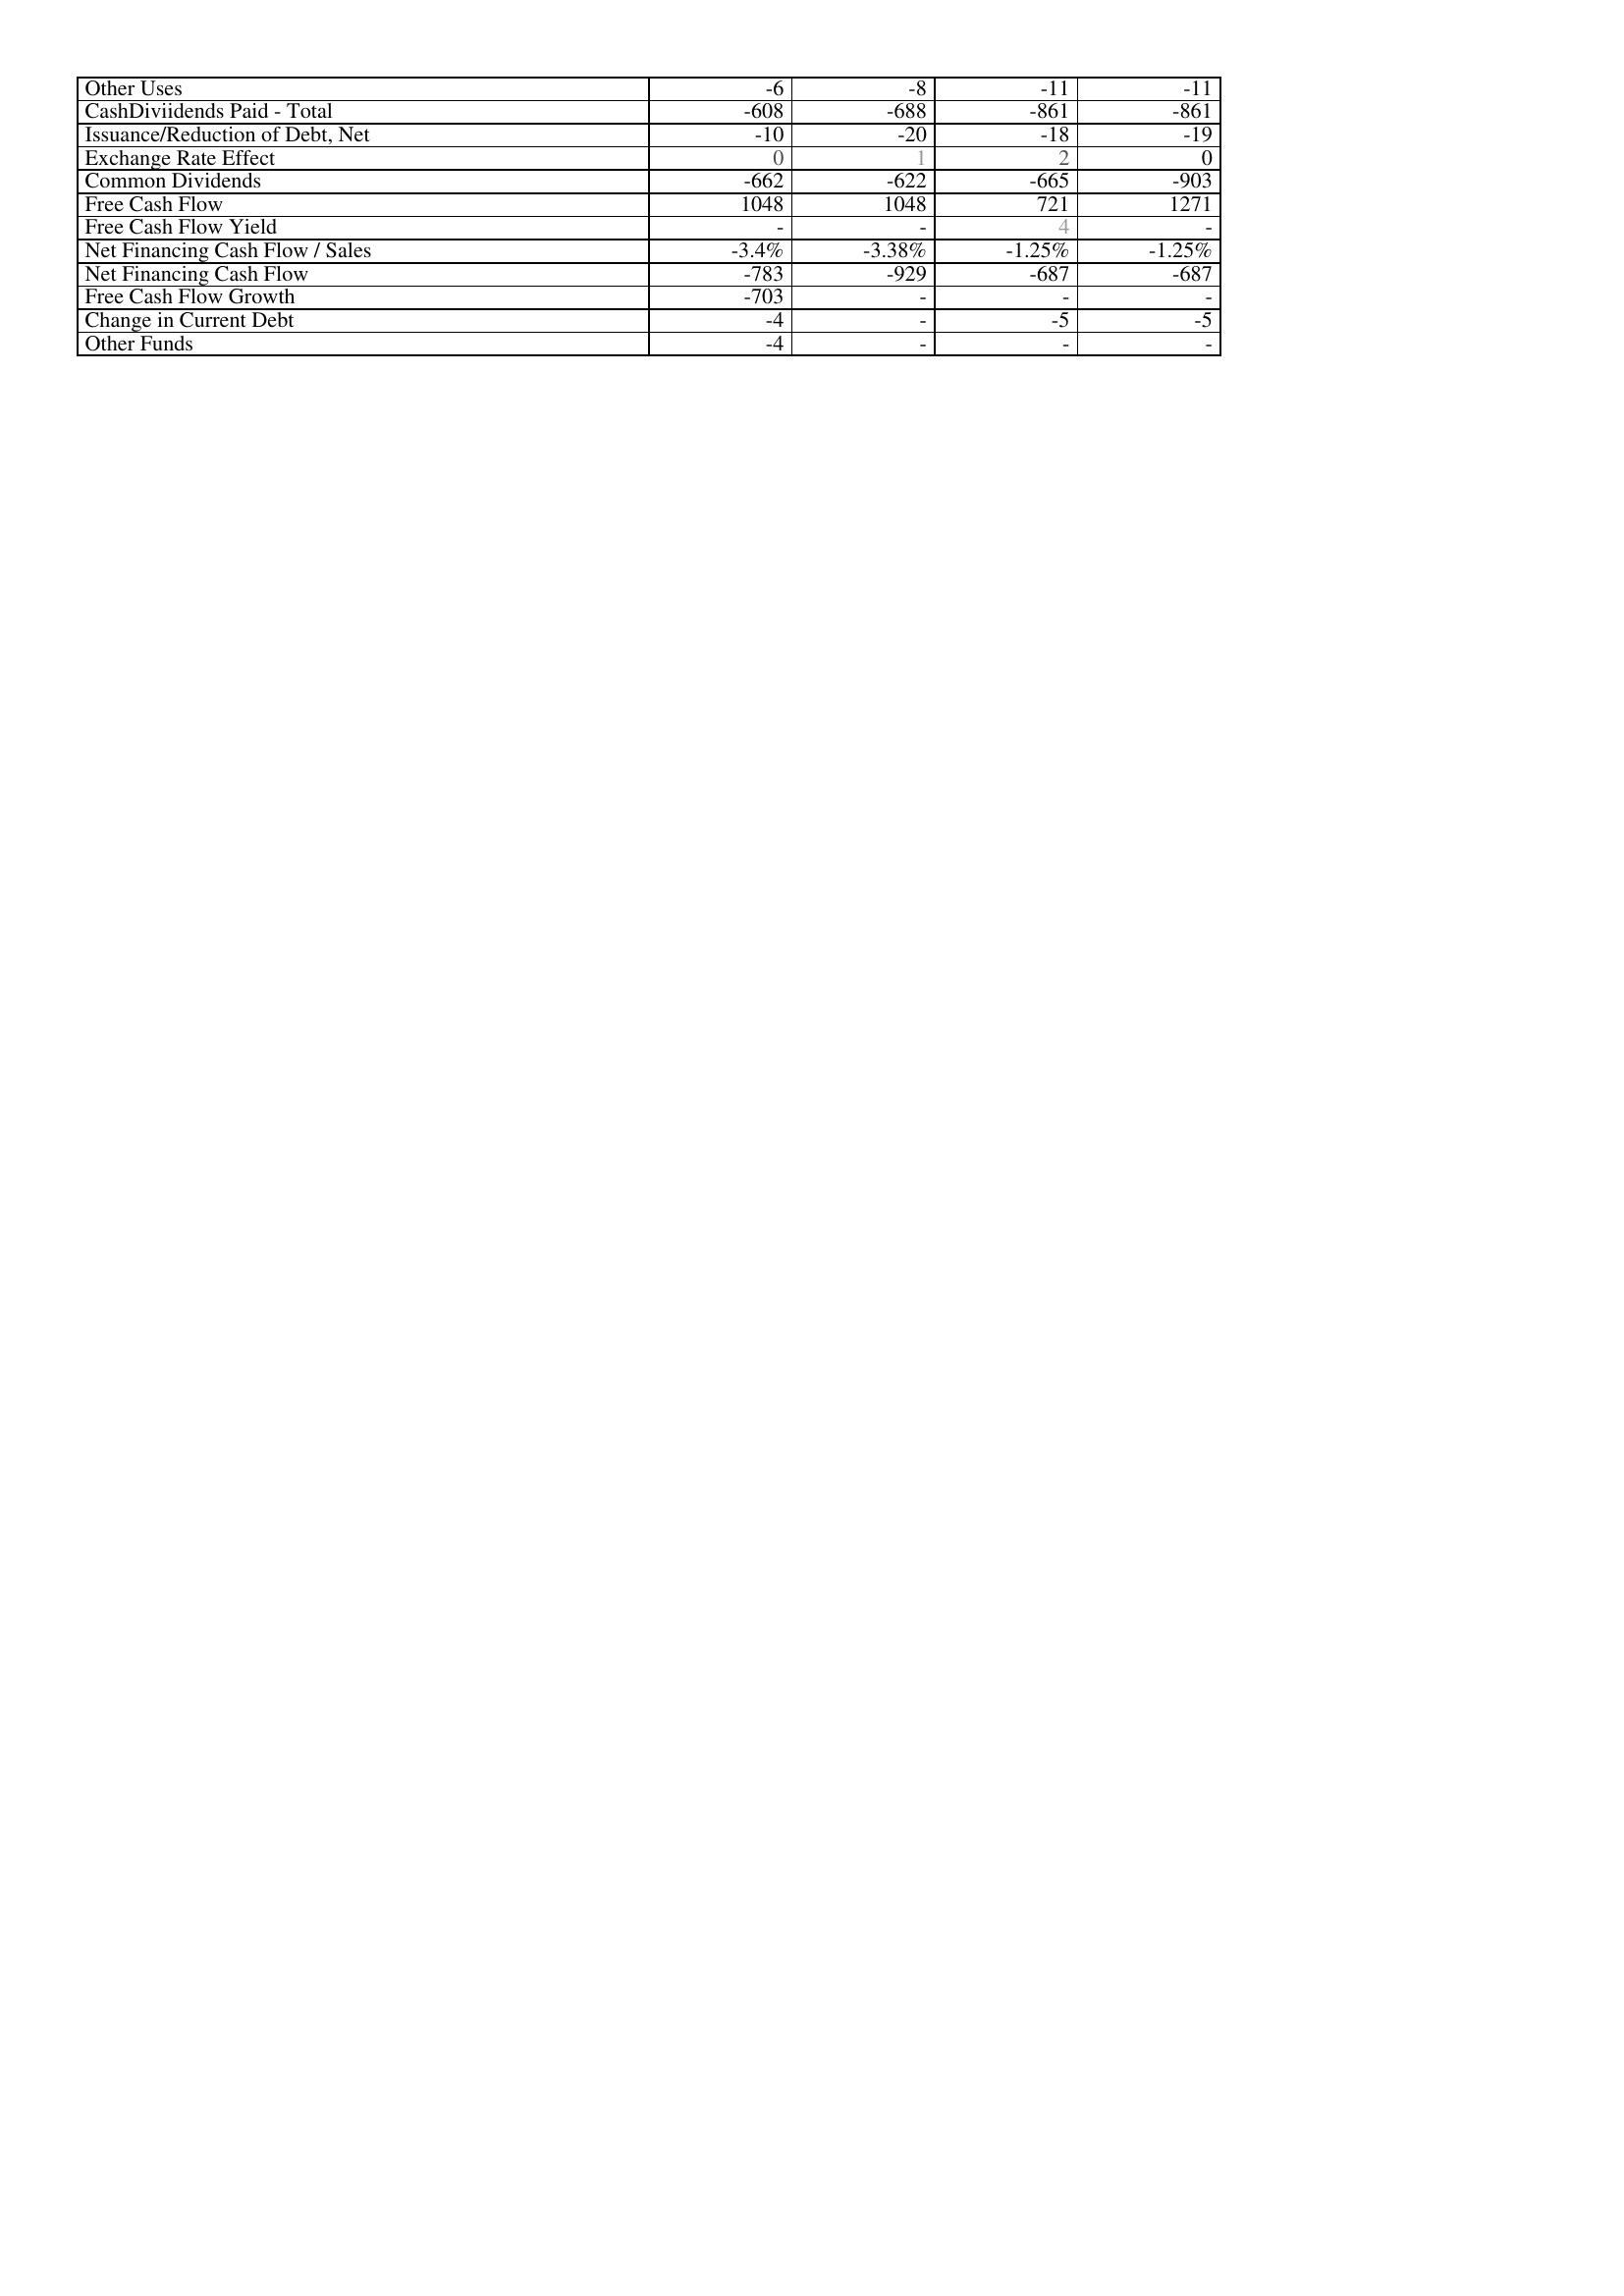
2010: Financing Activities: Other Uses: -6
CashDiviidends Paid - Total: -608
Issuance/Reduction of Debt, Net: -10
Exchange Rate Effect: 0
Common Dividends: -662
Free Cash Flow: 1048
Free Cash Flow Yield: -
Net Financing Cash Flow / Sales: -3.4%
Net Financing Cash Flow: -783
Free Cash Flow Growth: -703
Change in Current Debt: -4
Other Funds: -4
2011: Financing Activities: Other Uses: -8
CashDiviidends Paid - Total: -688
Issuance/Reduction of Debt, Net: -20
Exchange Rate Effect: 1
Common Dividends: -622
Free Cash Flow: 1048
Free Cash Flow Yield: -
Net Financing Cash Flow / Sales: -3.38%
Net Financing Cash Flow: -929
Free Cash Flow Growth: -
Change in Current Debt: -
Other Funds: -
2012: Financing Activities: Other Uses: -11
CashDiviidends Paid - Total: -861
Issuance/Reduction of Debt, Net: -18
Exchange Rate Effect: 2
Common Dividends: -665
Free Cash Flow: 721
Free Cash Flow Yield: 4
Net Financing Cash Flow / Sales: -1.25%
Net Financing Cash Flow: -687
Free Cash Flow Growth: -
Change in Current Debt: -5
Other Funds: -
2013: Financing Activities: Other Uses: -11
CashDiviidends Paid - Total: -861
Issuance/Reduction of Debt, Net: -19
Exchange Rate Effect: 0
Common Dividends: -903
Free Cash Flow: 1271
Free Cash Flow Yield: -
Net Financing Cash Flow / Sales: -1.25%
Net Financing Cash Flow: -687
Free Cash Flow Growth: -
Change in Current Debt: -5
Other Funds: -